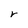
Character: r